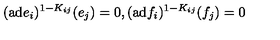
( \mathrm { a d } e _ { i } ) ^ { 1 - K _ { i j } } ( e _ { j } ) = 0 , ( \mathrm { a d } f _ { i } ) ^ { 1 - K _ { i j } } ( f _ { j } ) = 0